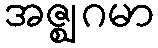
အဇ္ဈဂမာ